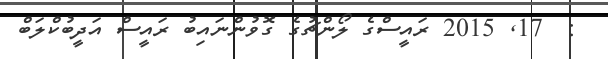
:  17